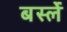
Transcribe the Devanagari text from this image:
बर्स्ले